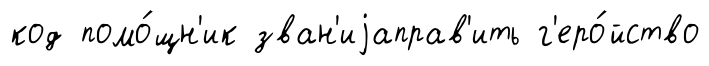
код помо́щн'ик зван'иjаправ'ить г'еро́йство